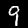
Label: 9